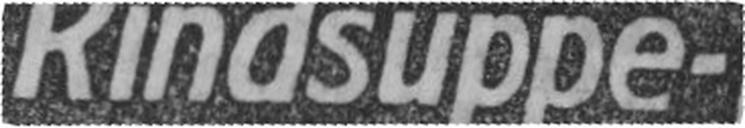
Rindsuppe-